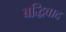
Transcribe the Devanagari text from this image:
बद्धिवाद